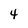
Character: 4